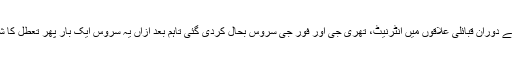
سال 2014 کے دوران قبائلی علاقوں میں انٹرنیٹ، تھری جی اور فور جی سروس بحال کردی گئی تاہم بعد ازاں یہ سروس ایک بار پھر تعطل کا شکار ہوگیا تھا۔